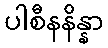
ပါစီနနိန္နာ